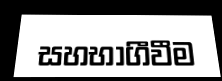
සහභාගීවීම